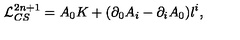
{ \cal L } _ { C S } ^ { 2 n + 1 } = A _ { 0 } K + ( \partial _ { 0 } A _ { i } - \partial _ { i } A _ { 0 } ) l ^ { i } ,